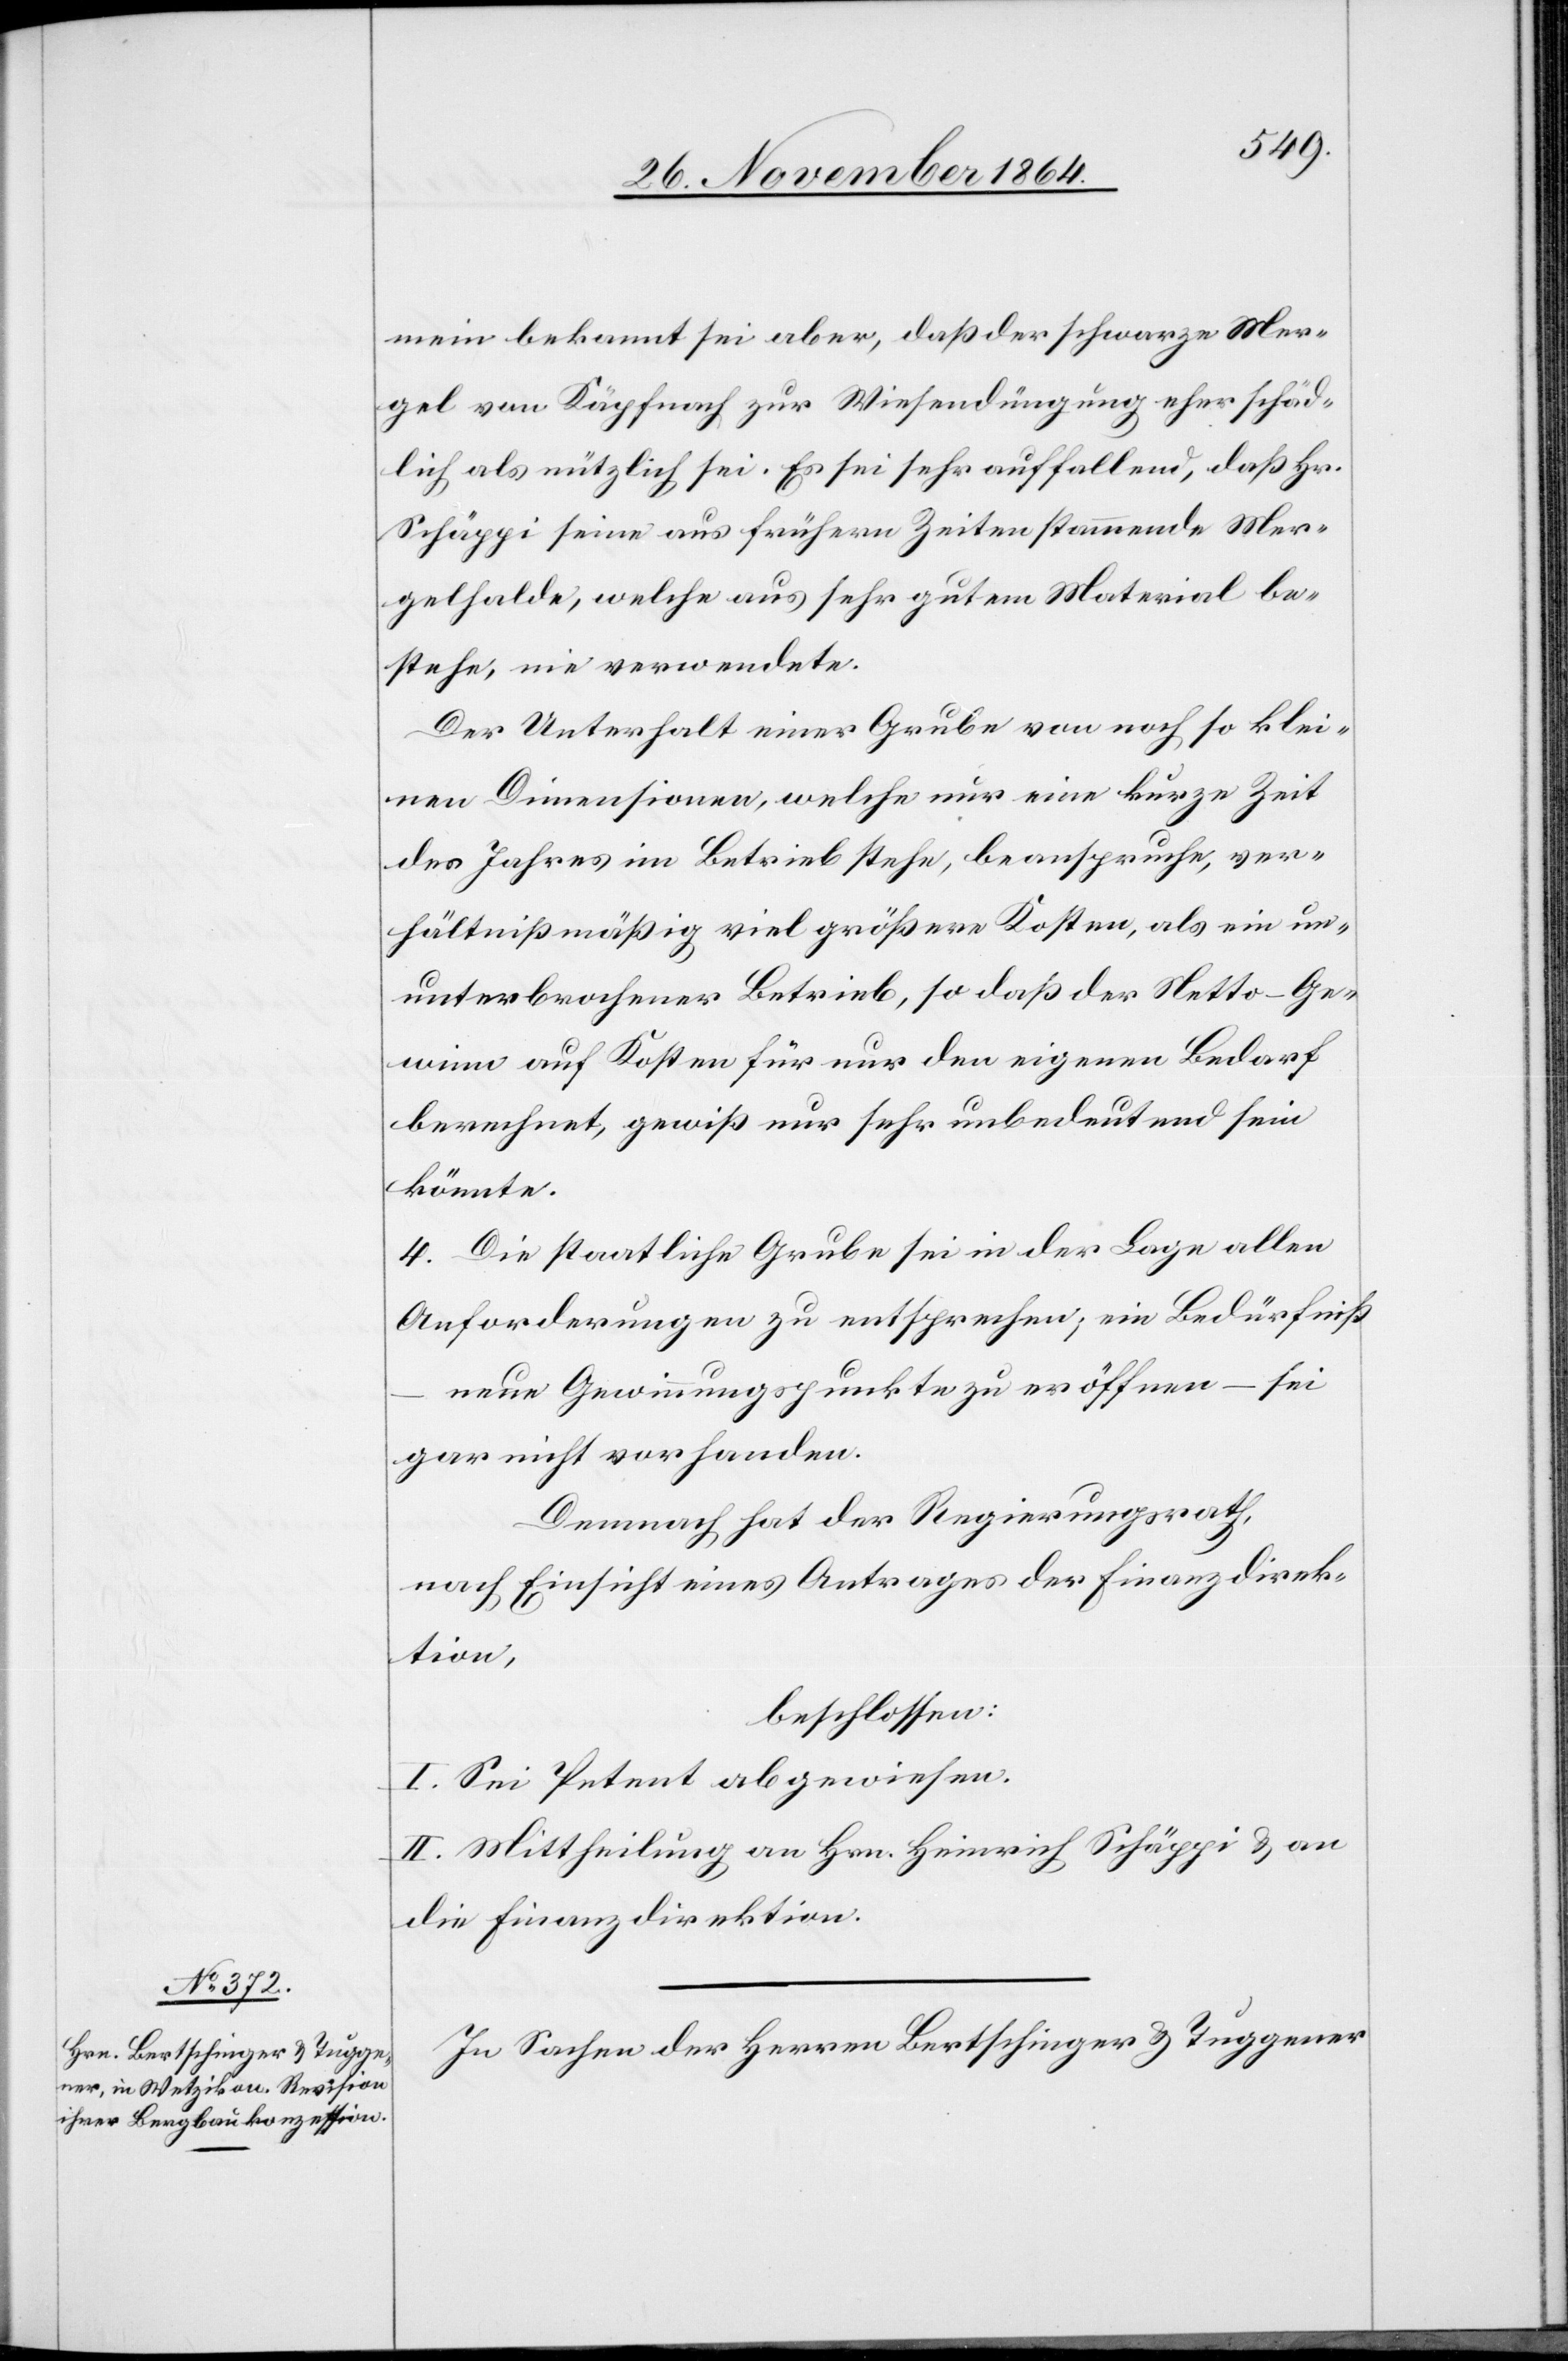
mein bekannt sei aber, daß der schwarze Mer¬
gel von Käpfnach zur Wiesendüngung eher schäd¬
lich als nützlich sei. Es sei sehr auffallend, daß Hr.
Schäppi seine aus frühern Zeiten stammende Mer¬
gelhalde, welche aus sehr gutem Material be¬
stehe, nie verwendete.
Der Unterhalt einer Grube von noch so klei¬
nen Dimensionen, welche nur eine kurze Zeit
des Jahres in Betrieb stehe, beanspruche, ver¬
hältnißmäßig viel größere Kosten, als ein un¬
unterbrochener Betrieb, so daß der Netto-Ge¬
winn auf Kosten für nur den eigenen Bedarf
berechnet, gewiß nur sehr unbedeutend sein
könnte.
4. Die staatliche Grube sei in der Lage allen
Anforderungen zu entsprechen; ein Bedürfniß
neue Gewinnungspunkte zu eröffnen – sei
gar nicht vorhanden.
Demnach hat der Regierungsrath,
nach Einsicht eines Antrages der Finanzdirek¬
tion,
beschlossen:
I. Sei Petent abgewiesen.
II. Mittheilung an Hrn. Heinrich Schäppi & an
die Finanzdirektion.
In Sachen der Herren Bertschinger & Tuggener